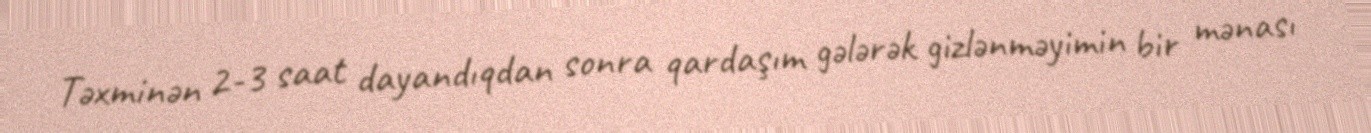
Təxminən 2-3 saat dayandıqdan sonra qardaşım gələrək gizlənməyimin bir mənası